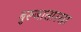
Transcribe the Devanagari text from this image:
बुरूजासारखा